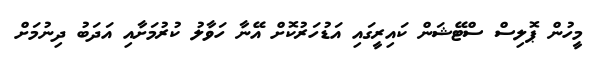
މީހުން ޕޮލިސް ސްޓޭޝަން ކައިރީގައި އަޑުހަރުކޮށް އޭނާ ހަވާލު ކުރުމަށާއި އަދަބު ދިނުމަށް